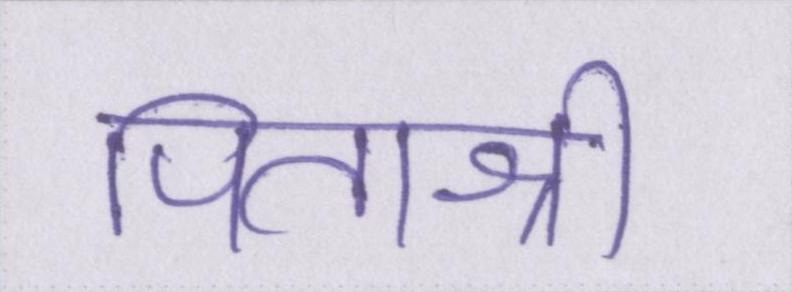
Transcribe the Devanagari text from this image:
पिताश्री